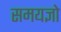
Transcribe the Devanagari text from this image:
समयज्ञो